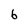
Character: 6